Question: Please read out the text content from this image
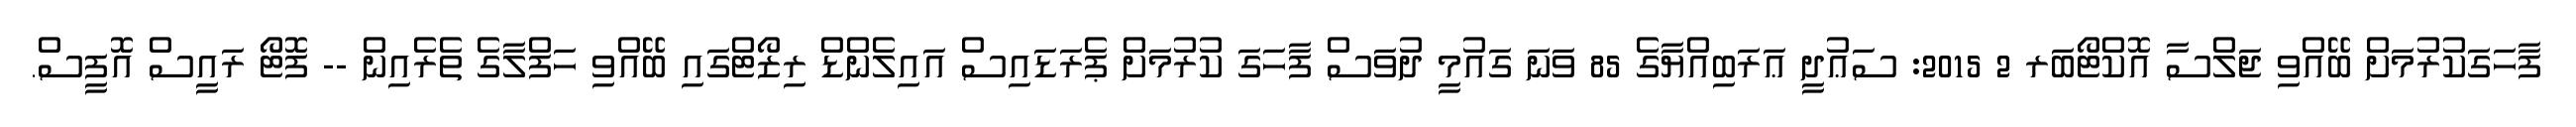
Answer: ފާހަގަކުރުމަށް ބޭއްވި ޖަލްސާ އޮކްޓޯބަރ 2 2015: ސަޢުދީ ޢަރަބިއްޔާގެ 85 ވަނަ ގައުމީ ދުވަސް ފާހަގަ ކުރުމަށް ޕެރަޑައިސް އައިލެންޑް ރިޒޯޓްގައި ބޭއްވި ހަފްލާގެ ތެރެއިން -- ފޮޓޯ ރައީސް އޮފީސް.